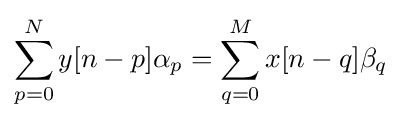
\sum _{p=0}^{N}y[n-p]\alpha _{p}=\sum _{q=0}^{M}x[n-q]\beta _{q}